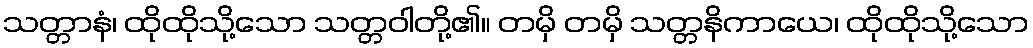
သတ္တာနံ၊ ထိုထိုသို့သော သတ္တဝါတို့၏။ တမှိ တမှိ သတ္တနိကာယေ၊ ထိုထိုသို့သော